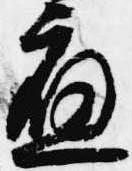
応